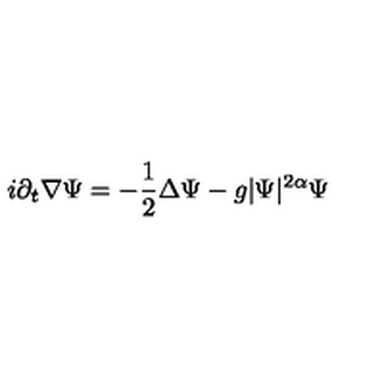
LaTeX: i \partial _ { t } \nabla \Psi = - \frac 1 2 \Delta \Psi - g | \Psi | ^ { 2 \alpha } \Psi